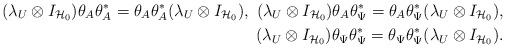
LaTeX: \begin{align*} (\lambda_U\otimes I_{\mathcal{H}_0})\theta_A\theta_A^*=\theta_A\theta_A^*(\lambda_U\otimes I_{\mathcal{H}_0}), ~ (\lambda_U\otimes I_{\mathcal{H}_0})\theta_A\theta_\Psi^*=\theta_A\theta_\Psi^*(\lambda_U\otimes I_{\mathcal{H}_0}),\\ (\lambda_U\otimes I_{\mathcal{H}_0})\theta_\Psi\theta_\Psi^*=\theta_\Psi\theta_\Psi^*(\lambda_U\otimes I_{\mathcal{H}_0}). \end{align*}